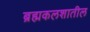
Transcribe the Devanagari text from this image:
ब्रह्मकलशातील